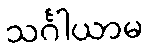
သင်္ဂါယာမ